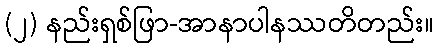
(၂) နည်းရှစ်ဖြာ-အာနာပါနဿတိတည်း။